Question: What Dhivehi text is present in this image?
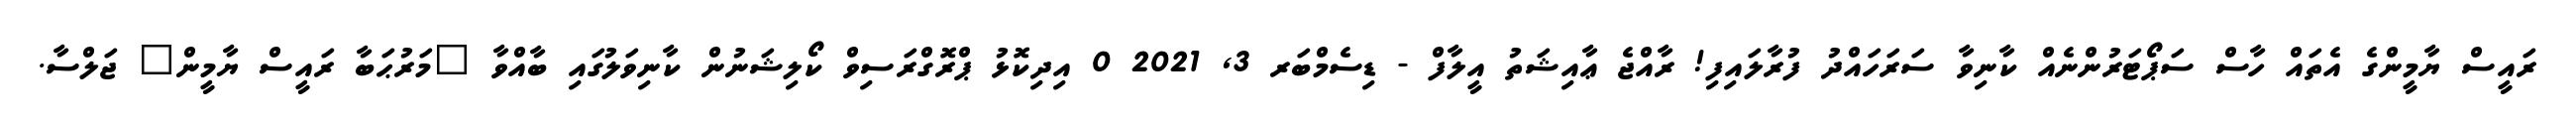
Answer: ރައީސް ޔާމީންގެ އެތައް ހާސް ސަޕޯޓަރުންނެއް ކާނިވާ ސަރަހައްދު ފުރާލައިފި! ރާއްޖެ ޢާއިޝަތު އީލާފް - ޑިސެމްބަރ 3, 2021 0 އިދިކޮޅު ޕްރޮގްރަސިވް ކޯލިޝަނުން ކާނިވަލުގައި ބާއްވާ "މަރުޙަބާ ރައީސް ޔާމީން" ޖަލްސާ.